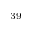
^ { 3 9 }